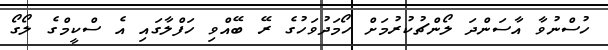
ހުސްނުވާ އާސަންދަ ލޯންޗުކުރުމަށް ހޯމަދުވަހުގެ ރޭ ބޭއްވި ހަފްލާގައި އެ ސްކީމްގެ ލޯގޯ